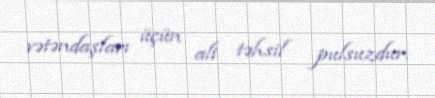
vətəndaşları üçün ali təhsil pulsuzdur.